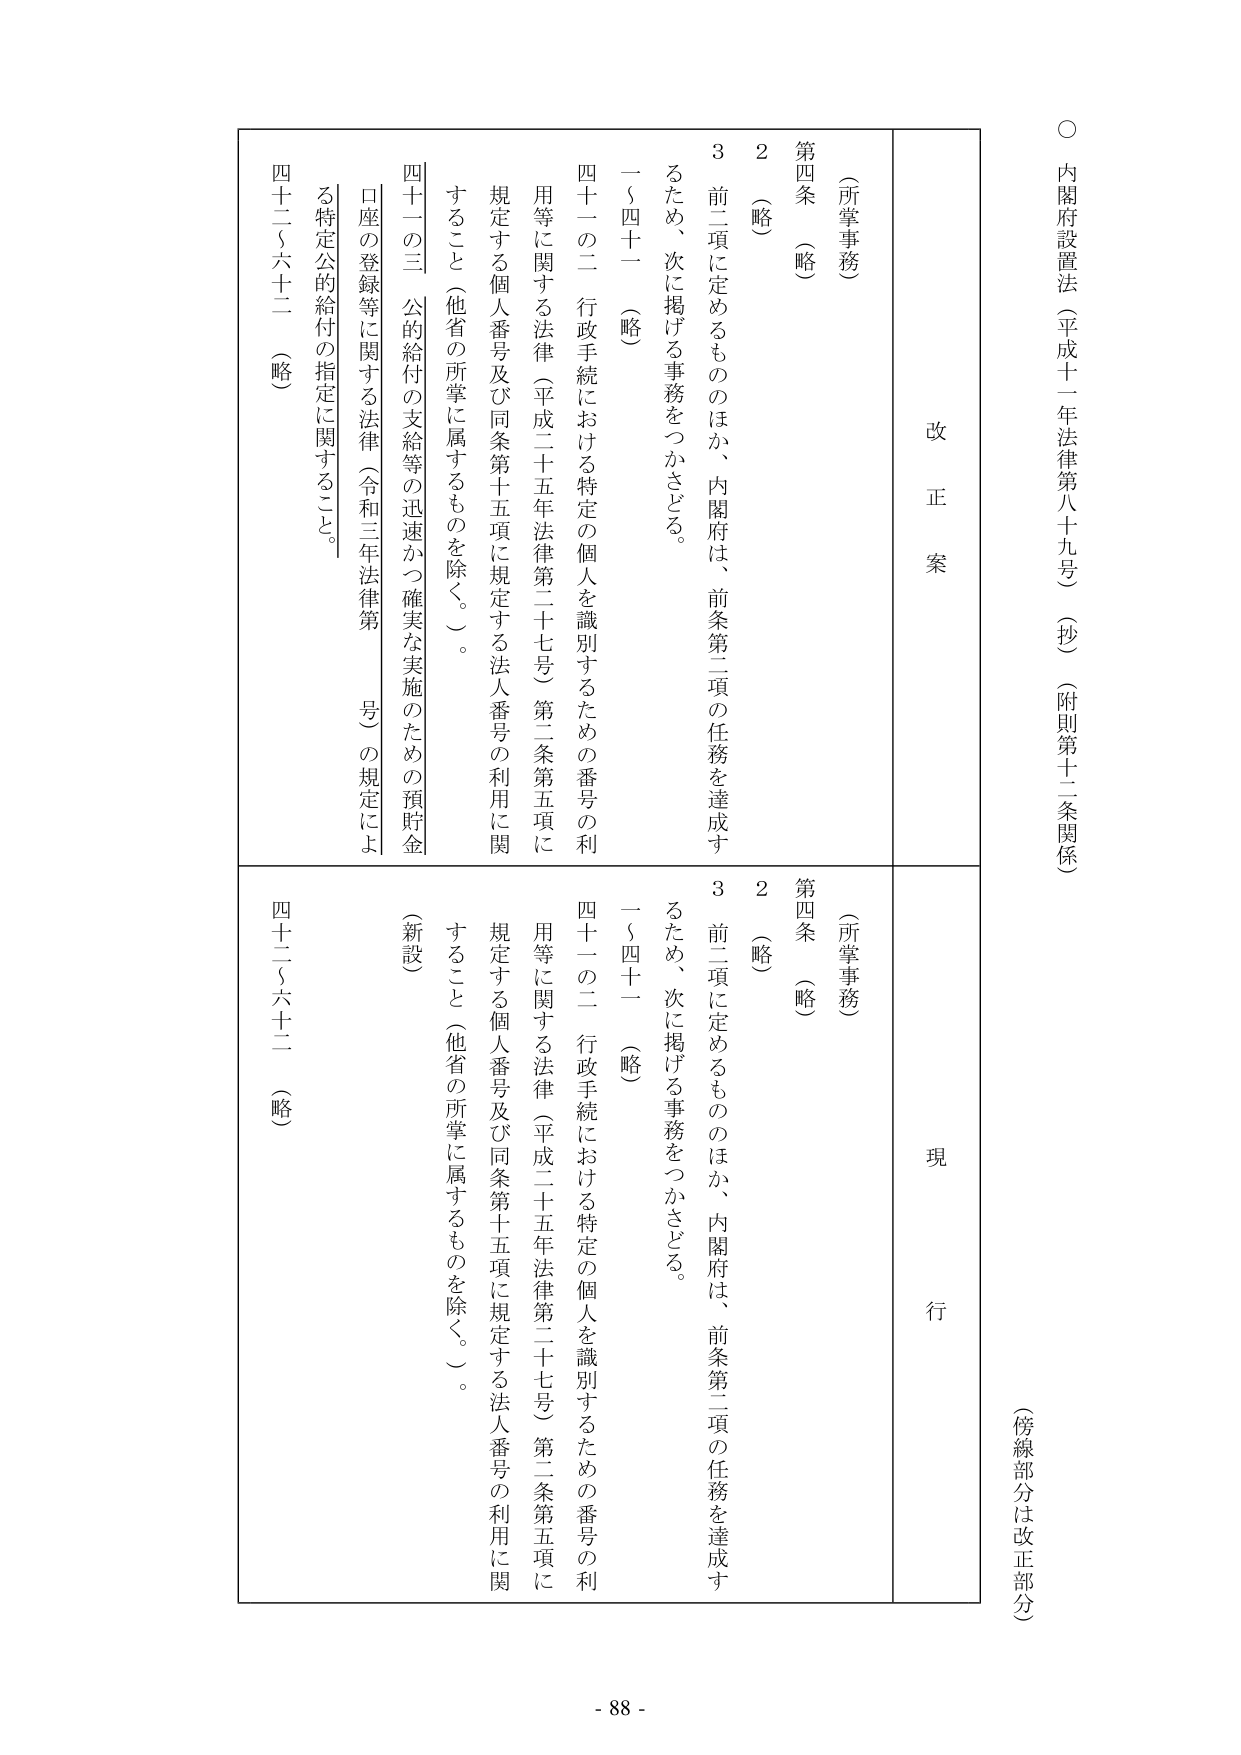
○ 内閣府設置法（平成十一年法律第八十九号）（抄）（附則第十二条関係）

（傍線部分は改正部分）

改正案

（所掌事務）

第四条 （略）

２ （略）

３ 前二項に定めるもののほか、内閣府は、前条第二項の任務を達成するため、次に掲げる事務をつかさどる。

一～四十一 （略）

四十一の二 行政手続における特定の個人を識別するための番号の利用等に関する法律（平成二十五年法律第二十七号）第二条第五項に規定する個人番号及び同条第十五項に規定する法人番号の利用に関すること（他省の所掌に属するものを除く。）。

四十一の三 公的給付の支給等の迅速かつ確実な実施のための預貯金口座の登録等に関する法律（令和三年法律第　号）の規定による特定公的給付の指定に関すること。

四十二～六十二 （略）

現行

（所掌事務）

第四条 （略）

２ （略）

３ 前二項に定めるもののほか、内閣府は、前条第二項の任務を達成するため、次に掲げる事務をつかさどる。

一～四十一 （略）

四十一の二 行政手続における特定の個人を識別するための番号の利用等に関する法律（平成二十五年法律第二十七号）第二条第五項に規定する個人番号及び同条第十五項に規定する法人番号の利用に関すること（他省の所掌に属するものを除く。）。

（新設）

四十二～六十二 （略）

- 88 -